Indian journal of veterinary science and animal husbandry - Volume 11,
Year: 1941
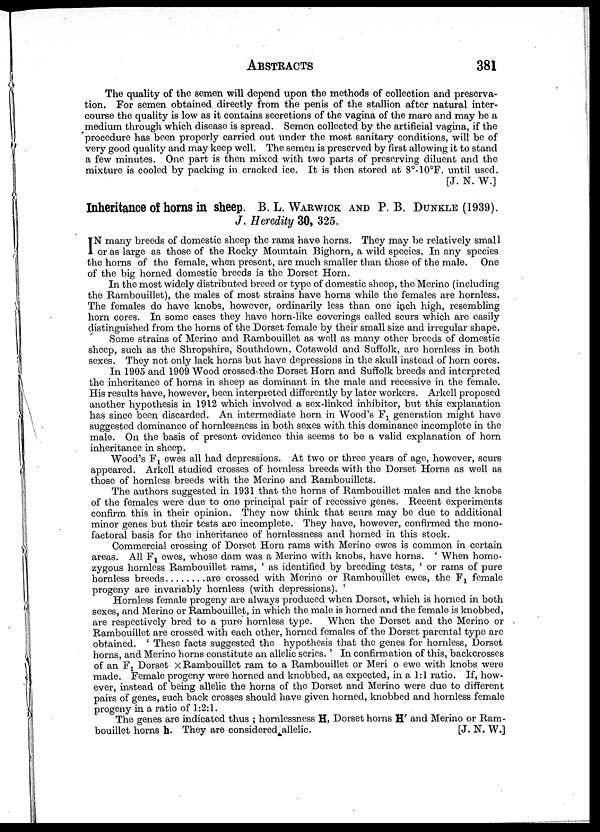
ABSTRACTS 381
The quality of the semen will depend upon the methods of collection and preserva-
tion. For semen obtained directly from the penis of the stallion after natural inter-
course the quality is low as it contains secretions of the vagina of the mare and may be a
medium through which disease is spread. Semen collected by the artificial vagina, if the
procedure has been properly carried out under the most sanitary conditions, will be of
very good quality and may keep well. The semen is preserved by first allowing it to stand
a few minutes. One part is then mixed with two parts of preserving diluent and the
mixture is cooled by packing in cracked ice. It is then stored at 8°-10°F. until used.
[J. N. W.]
Inheritance of horns in sheep. B. L. WARWICK AND P. B. DUNKLE (1939).
J. Heredity 30, 325.
I N many breeds of domestic sheep the rams have horns. They may be relatively small
or as large as those of the Rocky Mountain Bighorn, a wild species. In any species
the horns of the female, when present, are much smaller than those of the male. One
of the big horned domestic breeds is the Dorset Horn.
In the most widely distributed breed or type of domestic sheep, the Merino (including
the Rambouillet), the males of most strains have horns while the females are hornless.
The females do have knobs, however, ordinarily less than one inch high, resembling
horn cores. In some cases they have horn-like coverings called scurs which are easily
distinguished from the horns of the Dorset female by their small size and irregular shape.
Some strains of Merino and Rambouillet as well as many other breeds of domestic
sheep, such as the Shropshire, Southdown, Cotswold and Suffolk, are hornless in both
sexes. They not only lack horns but have depressions in the skull instead of horn cores.
In 1905 and 1909 Wood crossed the Dorset Horn and Suffolk breeds and interpreted
the inheritance of horns in sheep as dominant in the male and recessive in the female.
His results have, however, been interpreted differently by later workers. Arkell proposed
another hypothesis in 1912 which involved a sex-linked inhibitor, but this explanation
has since been discarded. An intermediate horn in Wood's F 1 generation might have
suggested dominance of hornlessness in both sexes with this dominance incomplete in the
male. On the basis of present evidence this seems to be a valid explanation of horn
inheritance in sheep.
Wood's F 1 ewes all had depressions. At two or three years of age, however, scurs
appeared. Arkell studied crosses of hornless breeds with the Dorset Horns as well as
those of hornless breeds with the Merino and Rambouillets.
The authors suggested in 1931 that the horns of Rambouillet males and the knobs
of the females were due to one principal pair of recessive genes. Recent experiments
confirm this in their opinion. They now think that scurs may be due to additional
minor genes but their tests are incomplete. They have, however, confirmed the mono-
factoral basis for the inheritance of hornlessness and horned in this stock.
Commercial crossing of Dorset Horn rams with Merino ewes is common in certain
areas. All F 1 ewes, whose dam was a Merino with knobs, have horns. ' When homo-
zygous hornless Rambouillet rams, ' as identified by breeding tests, ' or rams of pure
hornless breeds
are crossed with Merino or Rambouillet ewes, the F 1 female
progeny are invariably hornless (with depressions). '
Hornless female progeny are always produced when Dorset, which is horned in both
sexes, and Merino or Rambouillet, in which the male is horned and the female is knobbed,
are respectively bred to a pure hornless type.
When the Dorset and the Merino or
Rambouillet are crossed with each other, horned females of the Dorset parental type are
obtained. ' These facts suggested the hypothesis that the genes for hornless, Dorset
horns, and Merino horns constitute an allelic series. ' In confirmation of this, backcrosses
of an F 1 Dorset × Rambouillet ram to a Rambouillet or Meri o ewe with knobs were
made. Female progeny were horned and knobbed, as expected, in a 1:1 ratio. If, how-
ever, instead of being allelic the horns of the Dorset and Merino were due to different
pairs of genes, such back crosses should have given horned, knobbed and hornless female
progeny in a ratio of 1:2:1.
The genes are indicated thus ; hornlessness H, Dorset horns H' and Merino or Ram-
bouillet horns h. They are considered allelic.
[J. N. W.]